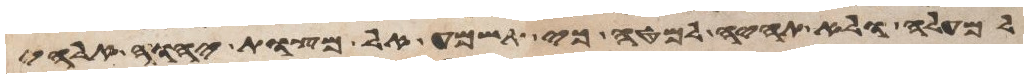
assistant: למעלה ולא תהיה למטה כי תשמע אל מצות יהוה אלהיך